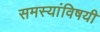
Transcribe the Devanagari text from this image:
समस्यांविषयी